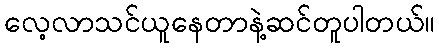
လေ့လာသင်ယူနေတာနဲ့ဆင်တူပါတယ်။